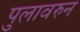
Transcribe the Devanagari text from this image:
पुलावरुन